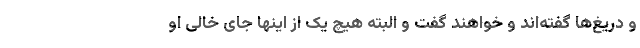
و دریغ‌ها گفته‌اند و خواهند گفت و البته هیچ یک از اینها جای خالی او